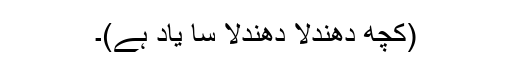
(کچھ دھندلا دھندلا سا یاد ہے)۔